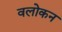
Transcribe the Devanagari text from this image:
वलोकन